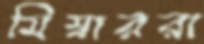
মিম্বাররা